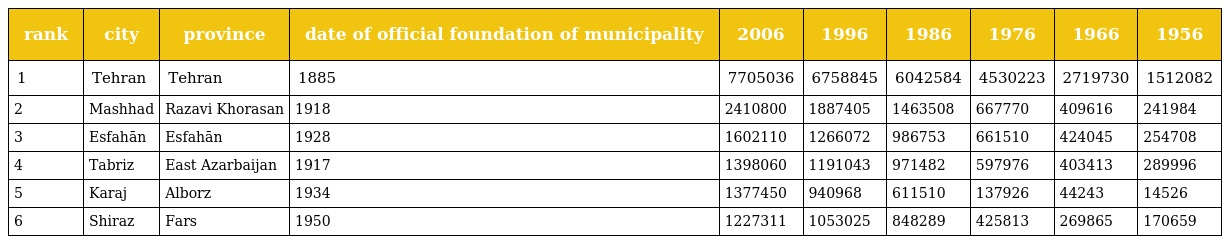
| rank | city | province | date of official foundation of municipality | 2006 | 1996 | 1986 | 1976 | 1966 | 1956 |
 | --- | --- | --- | --- | --- | --- | --- | --- | --- | --- |
 | 1 | Tehran | Tehran | 1885 | 7705036 | 6758845 | 6042584 | 4530223 | 2719730 | 1512082 |
 | 2 | Mashhad | Razavi Khorasan | 1918 | 2410800 | 1887405 | 1463508 | 667770 | 409616 | 241984 |
 | 3 | Esfahān | Esfahān | 1928 | 1602110 | 1266072 | 986753 | 661510 | 424045 | 254708 |
 | 4 | Tabriz | East Azarbaijan | 1917 | 1398060 | 1191043 | 971482 | 597976 | 403413 | 289996 |
 | 5 | Karaj | Alborz | 1934 | 1377450 | 940968 | 611510 | 137926 | 44243 | 14526 |
 | 6 | Shiraz | Fars | 1950 | 1227311 | 1053025 | 848289 | 425813 | 269865 | 170659 |